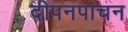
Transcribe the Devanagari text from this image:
दीपनपाचन